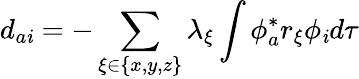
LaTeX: d_{a\mathit{i}}=-\sum_{\xi\in\{ x,y,z\} }\lambda_{\xi}\int\phi_{a}^{*}r_{\xi}\phi_{\mathit{i}}d\tau